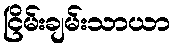
ငြိမ်းချမ်းသာယာ